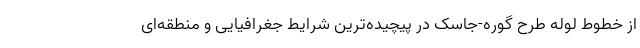
از خطوط لوله طرح گوره-جاسک در پیچیده‌ترین شرایط جغرافیایی و منطقه‌ای